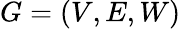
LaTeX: G=(V,E,W)